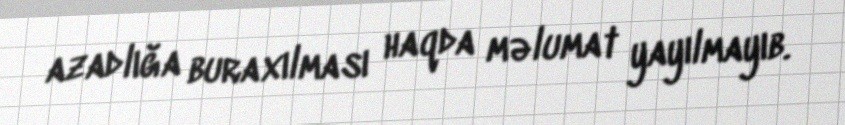
azadlığa buraxılması haqda məlumat yayılmayıb.